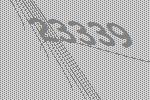
23339